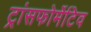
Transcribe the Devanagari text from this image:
ट्रांसफोर्मेटिव